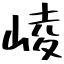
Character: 崚